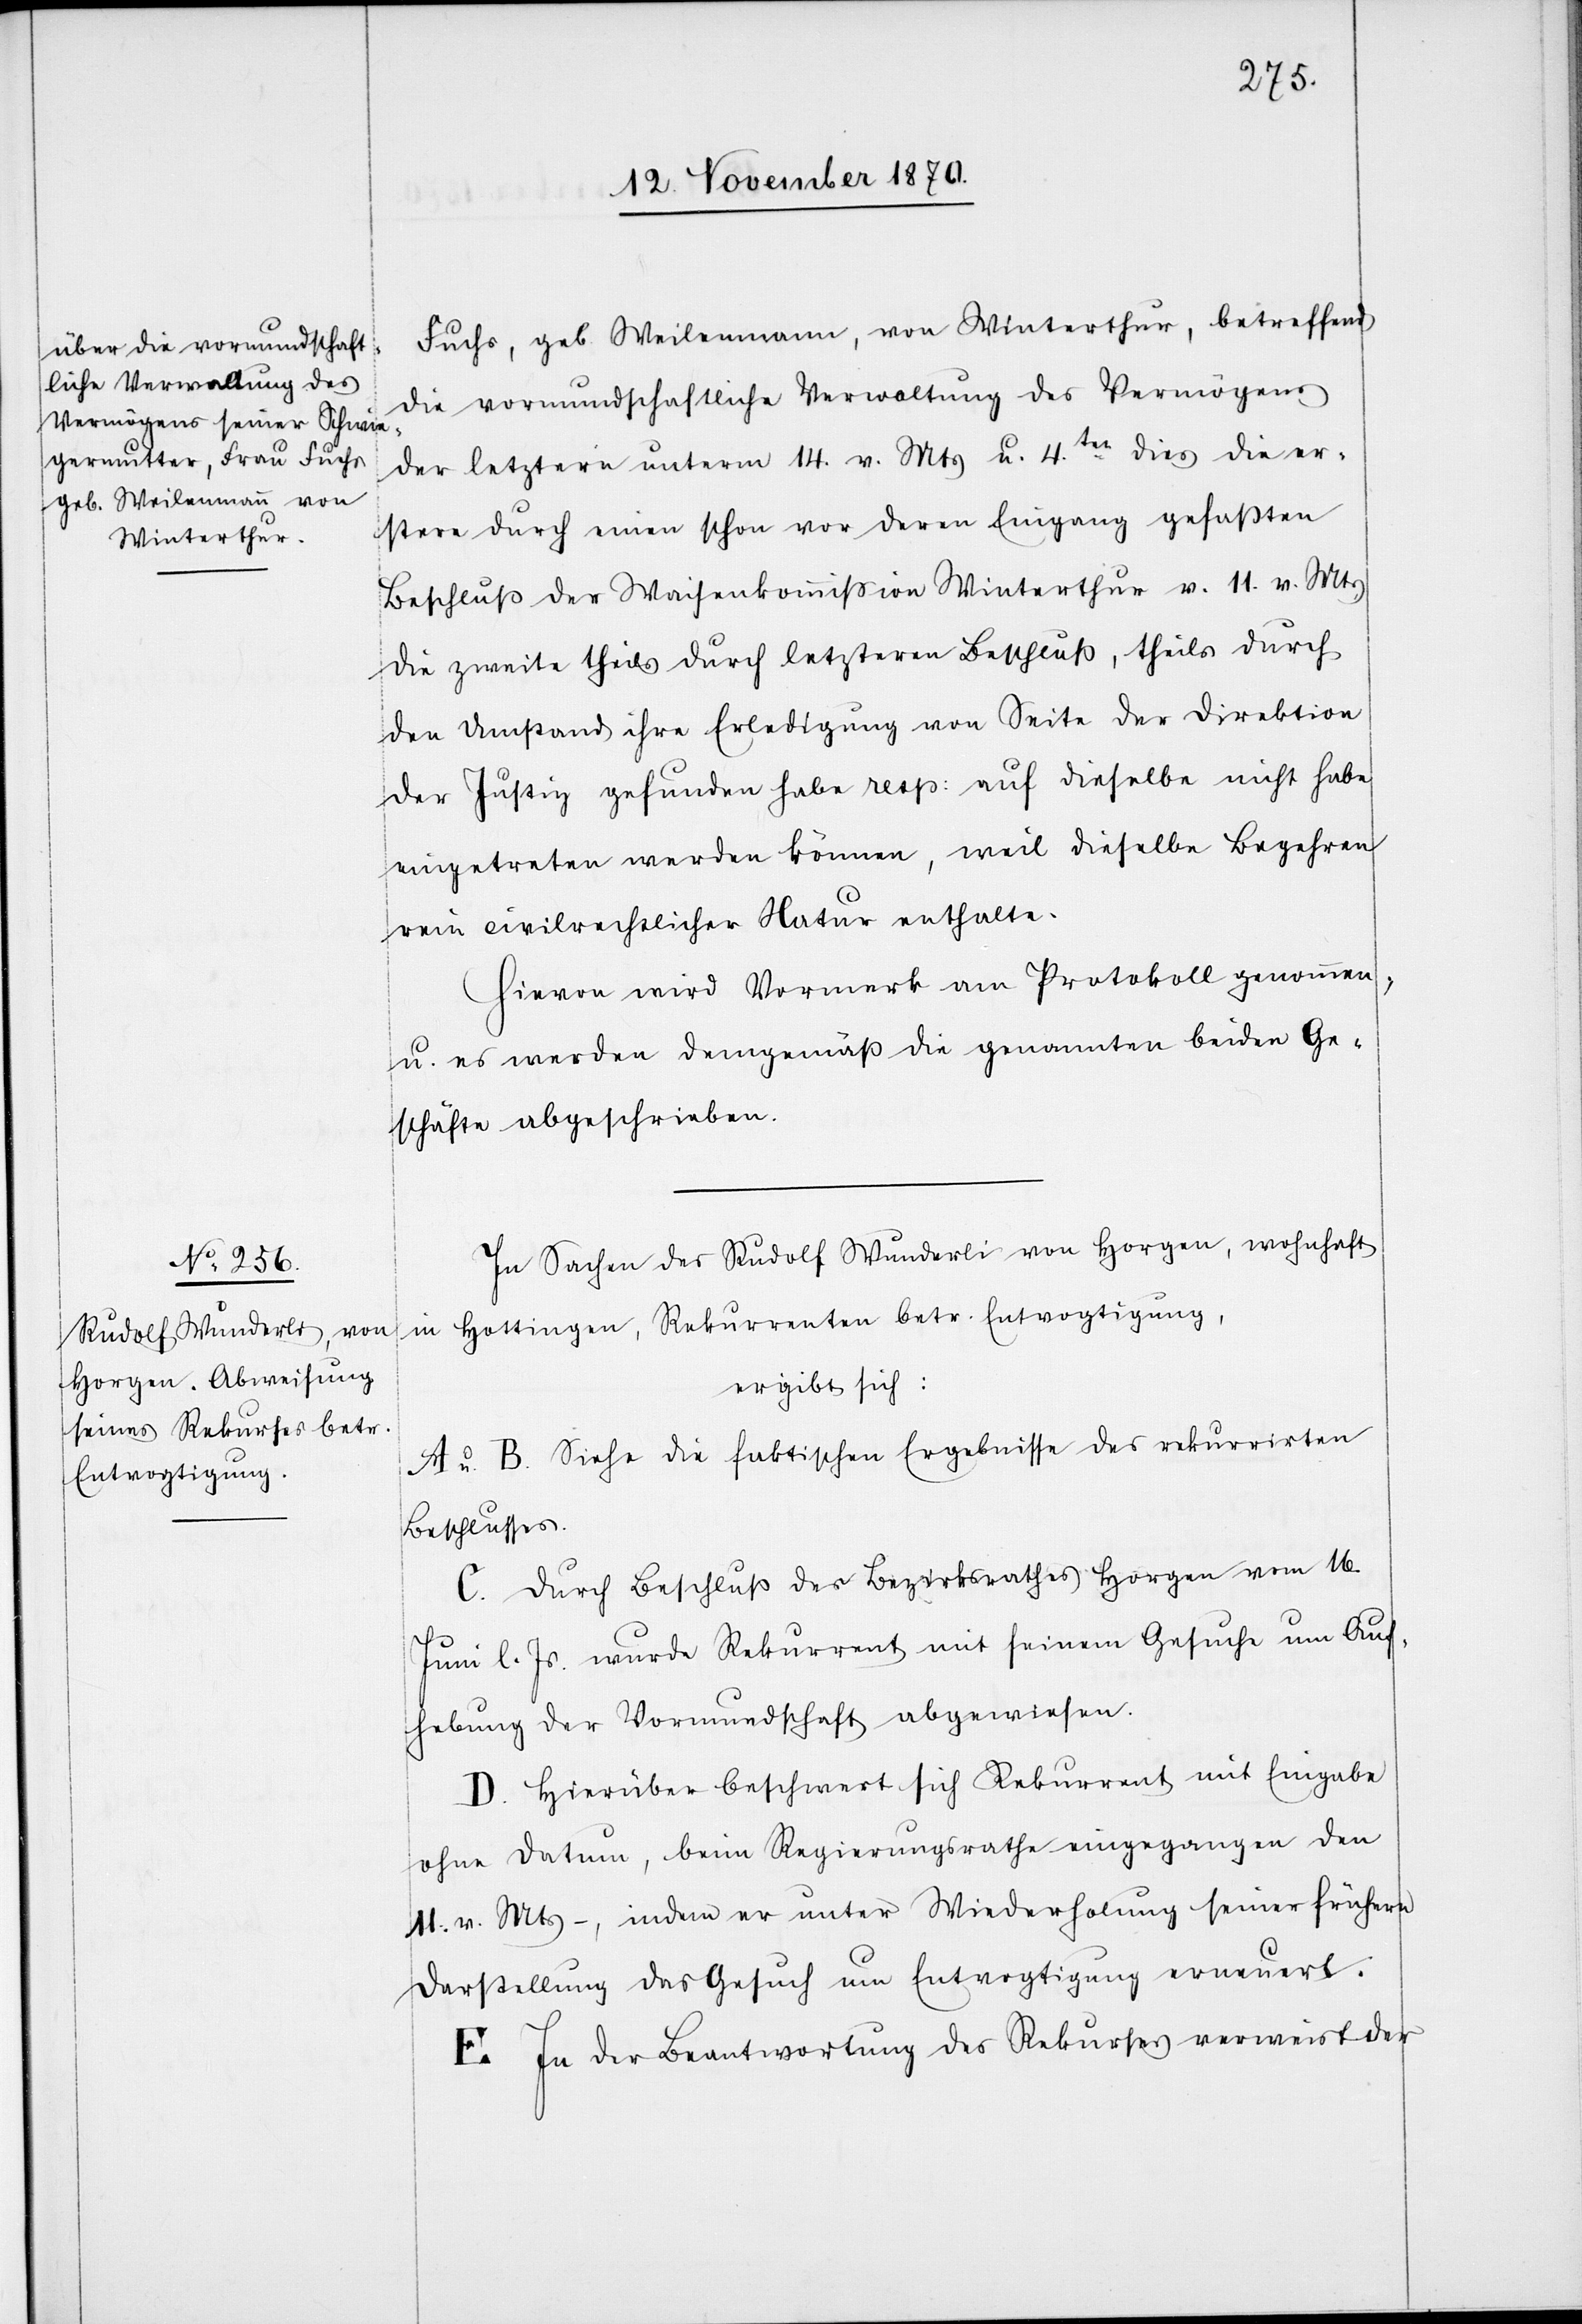
Fuchs, geb. Weilenmann, von Winterthur, betreffend
die vormundschaftliche Verwaltung des Vermögens
der letztern unterm 14. v. Mts. u. 4ten dies die er¬
stere durch einen schon vor deren Eingang gefaßten
Beschluß der Waisenhauskommißion Winterthur v. 11. v. Mts
die zweite theils durch letzteren Beschluß, theils durch
den Umstand ihre Erledigung von Seite der Direktion
der Justiz gefunden habe resp: auf dieselbe nicht habe
eingetreten werden können, weil dieselbe Begehren
rein civilrechtlicher Natur enthalte.
Hievon wird Vormerk am Protokoll genommen,
u. es werden demgemäß die genannten beiden Ge¬
schäfte abgeschrieben.
In Sachen des Rudolf Wunderli von Horgen, wohnhaft
in Hottingen, Rekurrenten betr. Entvogtigung,
ergibt sich:
A u. B. Siehe die faktischen Ergebnisse des rekurrirten
Beschlusses.
C. Durch Beschluss des Bezirksrathes Horgen vom 16.
Juni l. Js. wurde Rekurrent mit seinem Gesuche um Auf¬
hebung der Vormundschaft abgewiesen.
D. Hierüber beschwert sich Rekurrent mit Eingabe
ohne Datum, beim Regierungsrathe eingegangen den
11. v. Mts –, indem er unter Wiederholung seiner frühern
Darstellung das Gesuch um Entvogtigung erneuert.
E. In der Beantwortung des Rekurses verweist der